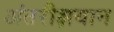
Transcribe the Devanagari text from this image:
अंतरीक्षयान